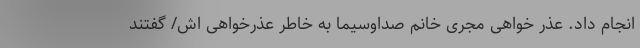
انجام داد. عذر خواهی مجری خانم صداوسیما به خاطر عذرخواهی اش/ گفتند